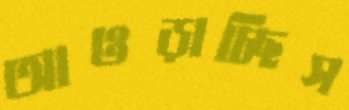
আওড়াচ্ছিস